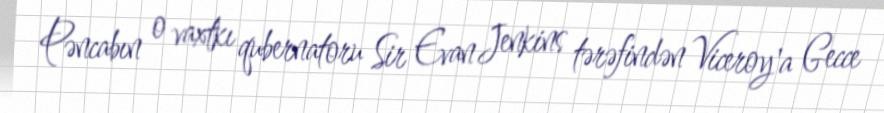
Pəncabın o vaxtkı qubernatoru Sir Evan Jenkins tərəfindən Viceroy'a Gecce